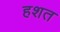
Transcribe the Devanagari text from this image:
हशत